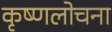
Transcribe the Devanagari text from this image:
कृष्णलोचना